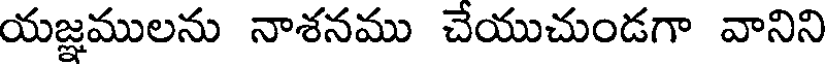
యజ్ఞములను నాశనము చేయుచుండగా వానిని